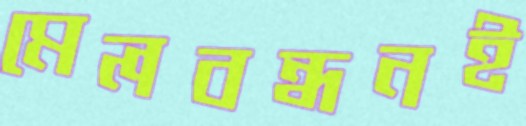
মেলবন্ধনই